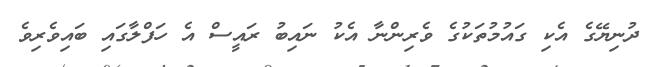
ދުނިޔޭގެ އެކި ގައުމުތަކުގެ ވެރިންނާ އެކު ނައިބު ރައީސް އެ ހަފްލާގައި ބައިވެރިވެ